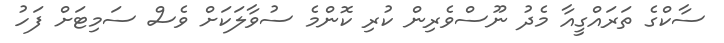
ސާކްގެ ތަރައްގީއާ މެދު ނޫސްވެރިން ކުރި ކޮންމެ ސުވާލަކަށް ވެސް ސަމިޓަށް ފަހު